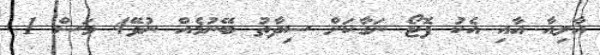
އާލިއާ އާއި އެކު ފޮޓޯ ނަގާކަށް ސިދާތު ބޭނުމެއް ނުވޭ4 މަސް 1